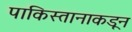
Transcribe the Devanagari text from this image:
पाकिस्तानाकडून